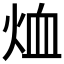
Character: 烅